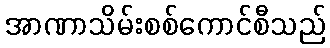
အာဏာသိမ်းစစ်ကောင်စီသည်